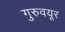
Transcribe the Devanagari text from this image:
गुरुवयूर